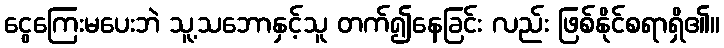
ငွေကြေးမပေးဘဲ သူ့သဘောနှင့်သူ တက်၍နေခြင်း လည်း ဖြစ်နိုင်စရာရှိ၏။